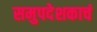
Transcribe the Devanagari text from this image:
समुपदेशकाचं